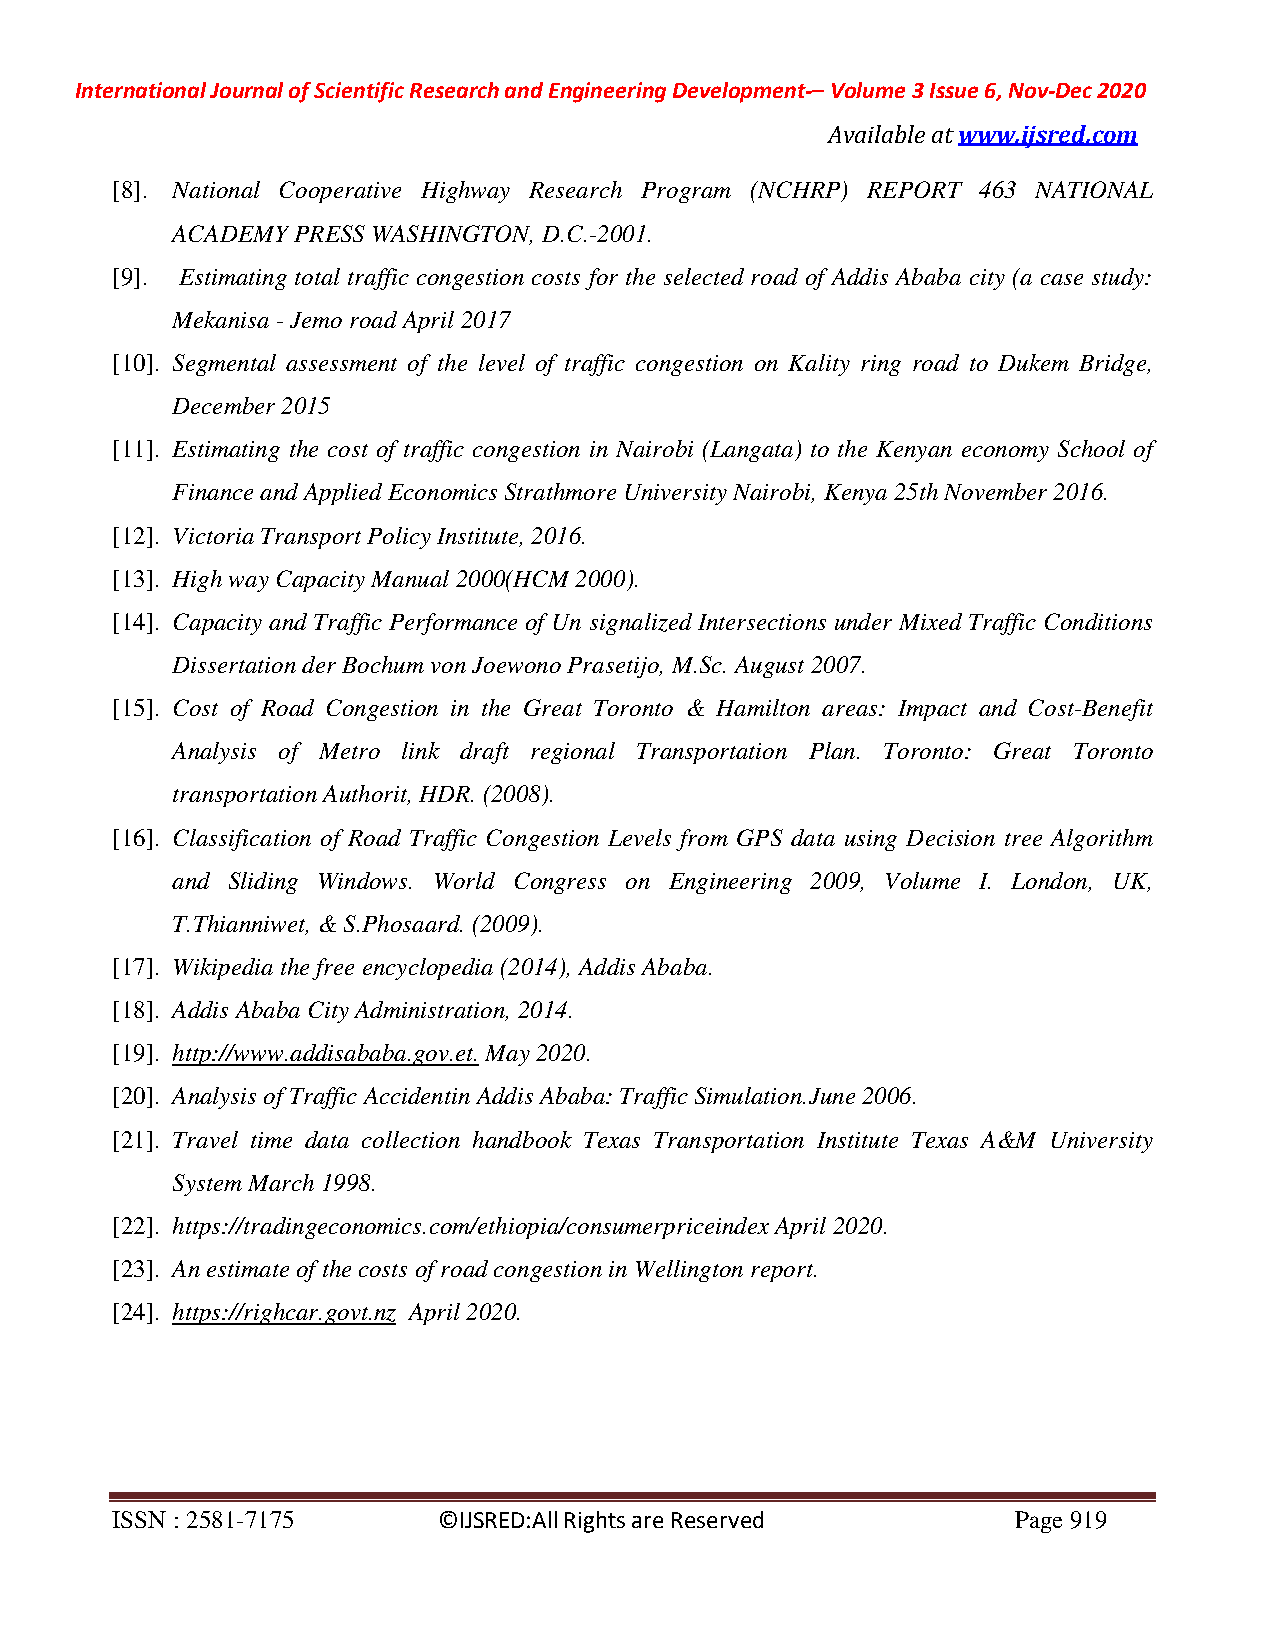
International Journal of Scientific Research and Engineering Development-– Volume 3 Issue 6, Nov-Dec 2020
 Available at www.ijsred.com
 [8]. National Cooperative Highway Research Program (NCHRP) REPORT 463 NATIONAL
 ACADEMY PRESS WASHINGTON, D.C.-2001.
 [9]. Estimating total traffic congestion costs for the selected road of Addis Ababa city (a case study:
 Mekanisa - Jemo road April 2017
 [10]. Segmental assessment of the level of traffic congestion on Kality ring road to Dukem Bridge,
 December 2015
 [11]. Estimating the cost of traffic congestion in Nairobi (Langata) to the Kenyan economy School of
 Finance and Applied Economics Strathmore University Nairobi, Kenya 25th November 2016.
 [12]. Victoria Transport Policy Institute, 2016.
 [13]. High way Capacity Manual 2000(HCM 2000).
 [14]. Capacity and Traffic Performance of Un signalized Intersections under Mixed Traffic Conditions
 Dissertation der Bochum von Joewono Prasetijo, M.Sc. August 2007.
 [15]. Cost of Road Congestion in the Great Toronto & Hamilton areas: Impact and Cost-Benefit
 Analysis of Metro link draft regional Transportation Plan. Toronto: Great Toronto
 transportation Authorit, HDR. (2008).
 [16]. Classification of Road Traffic Congestion Levels from GPS data using Decision tree Algorithm
 and Sliding Windows. World Congress on Engineering 2009, Volume I. London, UK,
 T.Thianniwet, & S.Phosaard. (2009).
 [17]. Wikipedia the free encyclopedia (2014), Addis Ababa.
 [18]. Addis Ababa City Administration, 2014.
 [19]. http://www.addisababa.gov.et. May 2020.
 [20]. Analysis of Traffic Accidentin Addis Ababa: Traffic Simulation.June 2006.
 [21]. Travel time data collection handbook Texas Transportation Institute Texas A&M University
 System March 1998.
 [22]. https://tradingeconomics.com/ethiopia/consumerpriceindex April 2020.
 [23]. An estimate of the costs of road congestion in Wellington report.
 [24]. https://righcar.govt.nz April 2020.
 ISSN : 2581-7175      ©IJSRED:All Rights are Reserved       Page 919